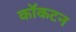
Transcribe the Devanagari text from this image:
कॉकटन